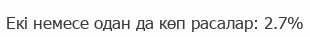
Екі немесе одан да көп расалар: 2.7%